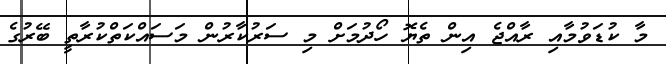
މާ ކުޑަވުމާއި ރާއްޖެ އިން ތެޔޮ ހޯދުމަށް މި ސަރުކާރުން މަސައްކަތްކުރާތީ ބޭރުގެ